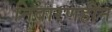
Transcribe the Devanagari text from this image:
निवारणहीन